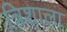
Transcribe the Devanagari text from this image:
त्रिशाला